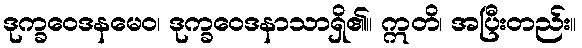
ဒုက္ခဝေဒနမေဝ၊ ဒုက္ခဝေဒနာသာရှိ၏။ ဣတိ၊ အပြီးတည်း။